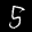
Label: 5